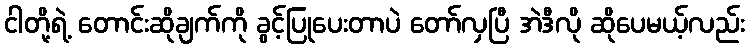
ငါတို့ရဲ့ တောင်းဆိုချက်ကို ခွင့်ပြုပေးတာပဲ တော်လှပြီ အဲဒီလို ဆိုပေမယ့်လည်း